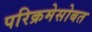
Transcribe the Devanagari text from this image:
परिक्रमेसोबत